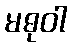
မဓုဝါ